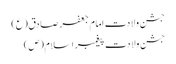
جشن ولادت امام جعفر صادق(ع)
جشن ولادت پیغمبر اسلام(ص)